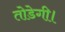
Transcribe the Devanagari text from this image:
तोडेगी।